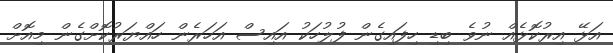
އަޅޭ އިރުކޮޅެއް ނުވެ ބިޑި ހިފައިގެން ފުުލުހަކު އައިސް އަހަރެން ހައްޔަރުކޮށްގެން މިއޮށް